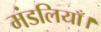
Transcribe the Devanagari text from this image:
मंडलियाँ।